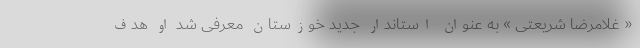
« غلامرضا شریعتی » به عنوان استاندار جدید خوزستان معرفی شد او هدف